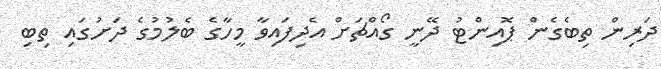
ދަރިން ތިބެގެން ޕޮއިންޓު ދޭނީ ގޯއްޗަށް އެދިފައިވާ މީހާގެ ބެލުމުގެ ދަށުގައި ތިބި